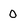
Character: o